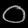
Digit: ၀